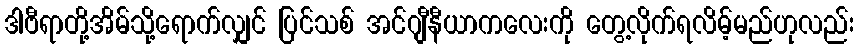
ဒါဗီရာတို့အိမ်သို့ရောက်လျှင် ပြင်သစ် အင်ဂျီနီယာကလေးကို တွေ့လိုက်ရလိမ့်မည်ဟုလည်း